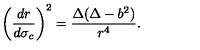
\left( \frac { d r } { d \sigma _ { c } } \right) ^ { 2 } = \frac { \Delta ( \Delta - b ^ { 2 } ) } { r ^ { 4 } } .